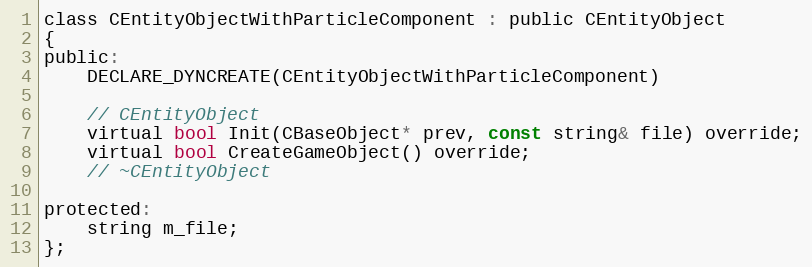
Language: C
class CEntityObjectWithParticleComponent : public CEntityObject
{
public:
	DECLARE_DYNCREATE(CEntityObjectWithParticleComponent)

	// CEntityObject
	virtual bool Init(CBaseObject* prev, const string& file) override;
	virtual bool CreateGameObject() override;
	// ~CEntityObject

protected:
	string m_file;
};